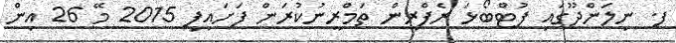
ފ. ނިލަންދޫގައި ފުޓްބޯޅަ ރެފްރީން ތަމްރީނުކުރަން ފަށައިފި 2015 މޭ 26 އިން